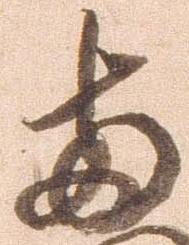
両